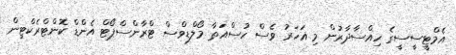
އެމްޓީސީސީގެ ހިއްސާދާރުން މި އަހަރު ވެސް ހުސްއަތާ މޯލްޑިވްސް ޓްރާންސްޕޯޓް އެންޑް ކޮންޓްރެކްޓިން